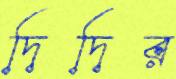
দিদির